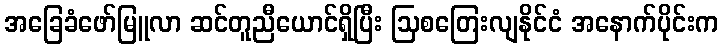
အခြေခံဖော်မြူလာ ဆင်တူညီယောင်ရှိပြီး ဩစတြေးလျနိုင်ငံ အနောက်ပိုင်းက